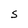
Character: S